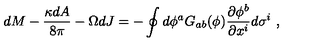
d M - { \frac { \kappa d A } { 8 \pi } } - \Omega d J = - \oint { d \phi ^ { a } G _ { a b } ( \phi ) { \frac { \partial \phi ^ { b } } { \partial x ^ { i } } } d \sigma ^ { i } } \ ,